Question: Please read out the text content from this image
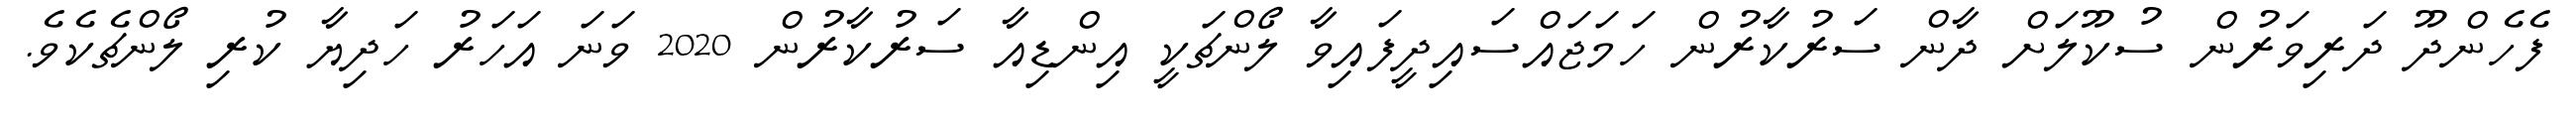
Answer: ފެހެންދޫ ދަރިވަރުން ސުކޫލަށް ދާން ސަރުކާރުން ހަމަޖައްސައިދީފައިވާ ލޯންޗަކީ އިންޑިއާ ސަރުކާރުން 2020 ވަނަ އަހަރު ހަދިޔާ ކުރި ލޯންޗެކެވެ.